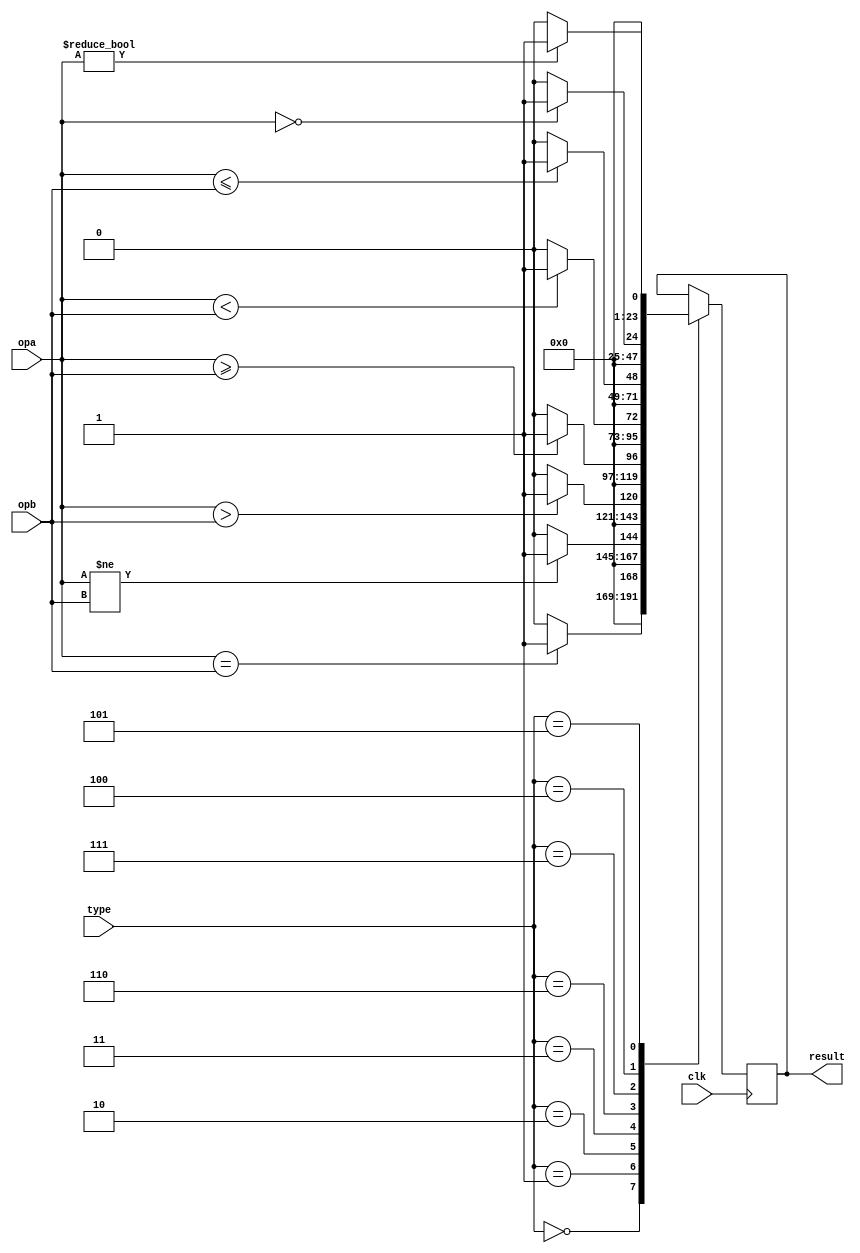
module cmp(
    input clk,
    input [23:0] opa,
    input [23:0] opb,
    input [23:0] type,
    output reg [23:0] result
);
    parameter e = 3'h0;
    parameter ne = 3'h1;
    parameter g = 3'h2;
    parameter ge = 3'h3;
    parameter l = 3'h6;
    parameter le = 3'h7;
    parameter z = 3'h4;
    parameter nz = 3'h5;
    
    always @(posedge clk) begin
        case (type)
            e: begin
                result <= {23'h0, opa == opb ? 1'h1 : 1'h0}; // 1 for true, 0 for false
            end
            ne: begin
                result <= {23'h0, opa != opb ? 1'h1 : 1'h0};
            end
            g: begin
                result <= {23'h0, opa > opb ? 1'h1 : 1'h0};
            end
            ge: begin
                result <= {23'h0, opa >= opb ? 1'h1 : 1'h0};
            end
            l: begin
                result <= {23'h0, opa < opb ? 1'h1 : 1'h0};
            end
            le: begin
                result <= {23'h0, opa <= opb ? 1'h1 : 1'h0};
            end
            z: begin
                result <= {23'h0, opa == 24'h0 ? 1'h1 : 1'h0};
            end
            nz: begin
                result <= {23'h0, opa != 24'h0 ? 1'h1 : 'h0};
            end
            default: begin
                
            end
        endcase
    end
endmodule